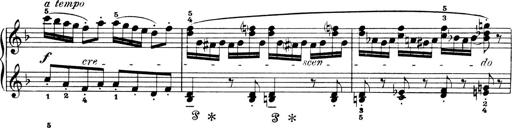
Title: 4 Sonatines
Composer: Max Reger